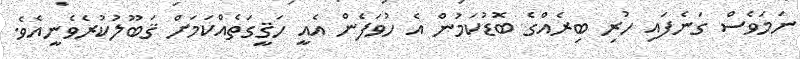
ނަމަވެސް ގަނެފައި ހުރި ބިރެއްގެ ބޮޑުކަމުން އެ ހުވަފެން އެއީ ހަޤީގަތެއްކަމަށް ޤަބޫލުކުރެވެނީއެވެ.